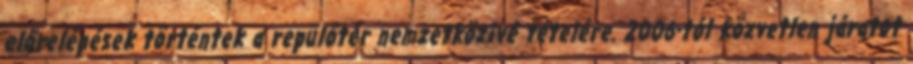
előrelépések történtek a repülőtér nemzetközivé tételére. 2006-tól közvetlen járatot